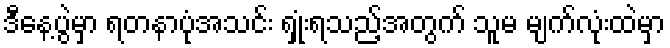
ဒီနေ့ပွဲမှာ ရတနာပုံအသင်း ရှုံးရသည့်အတွက် သူမ မျက်လုံးထဲမှာ